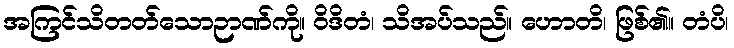
အကြင်သိတတ်သောဉာဏ်ကို။ ဝိဒိတံ၊ သိအပ်သည်။ ဟောတိ၊ ဖြစ်၏။ တံပိ၊